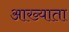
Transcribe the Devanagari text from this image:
आख्याता